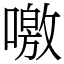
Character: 噭